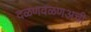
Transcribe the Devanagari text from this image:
दळणवळणअची